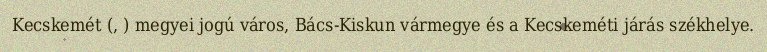
Kecskemét (, ) megyei jogú város, Bács-Kiskun vármegye és a Kecskeméti járás székhelye.